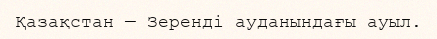
Қазақстан — Зеренді ауданындағы ауыл.